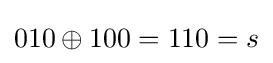
{\displaystyle 010\oplus 100=110=s}